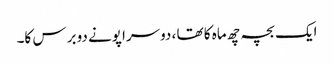
ایک بچہ چھ ماہ کا تھا ، دوسرا پونے دو برس کا۔